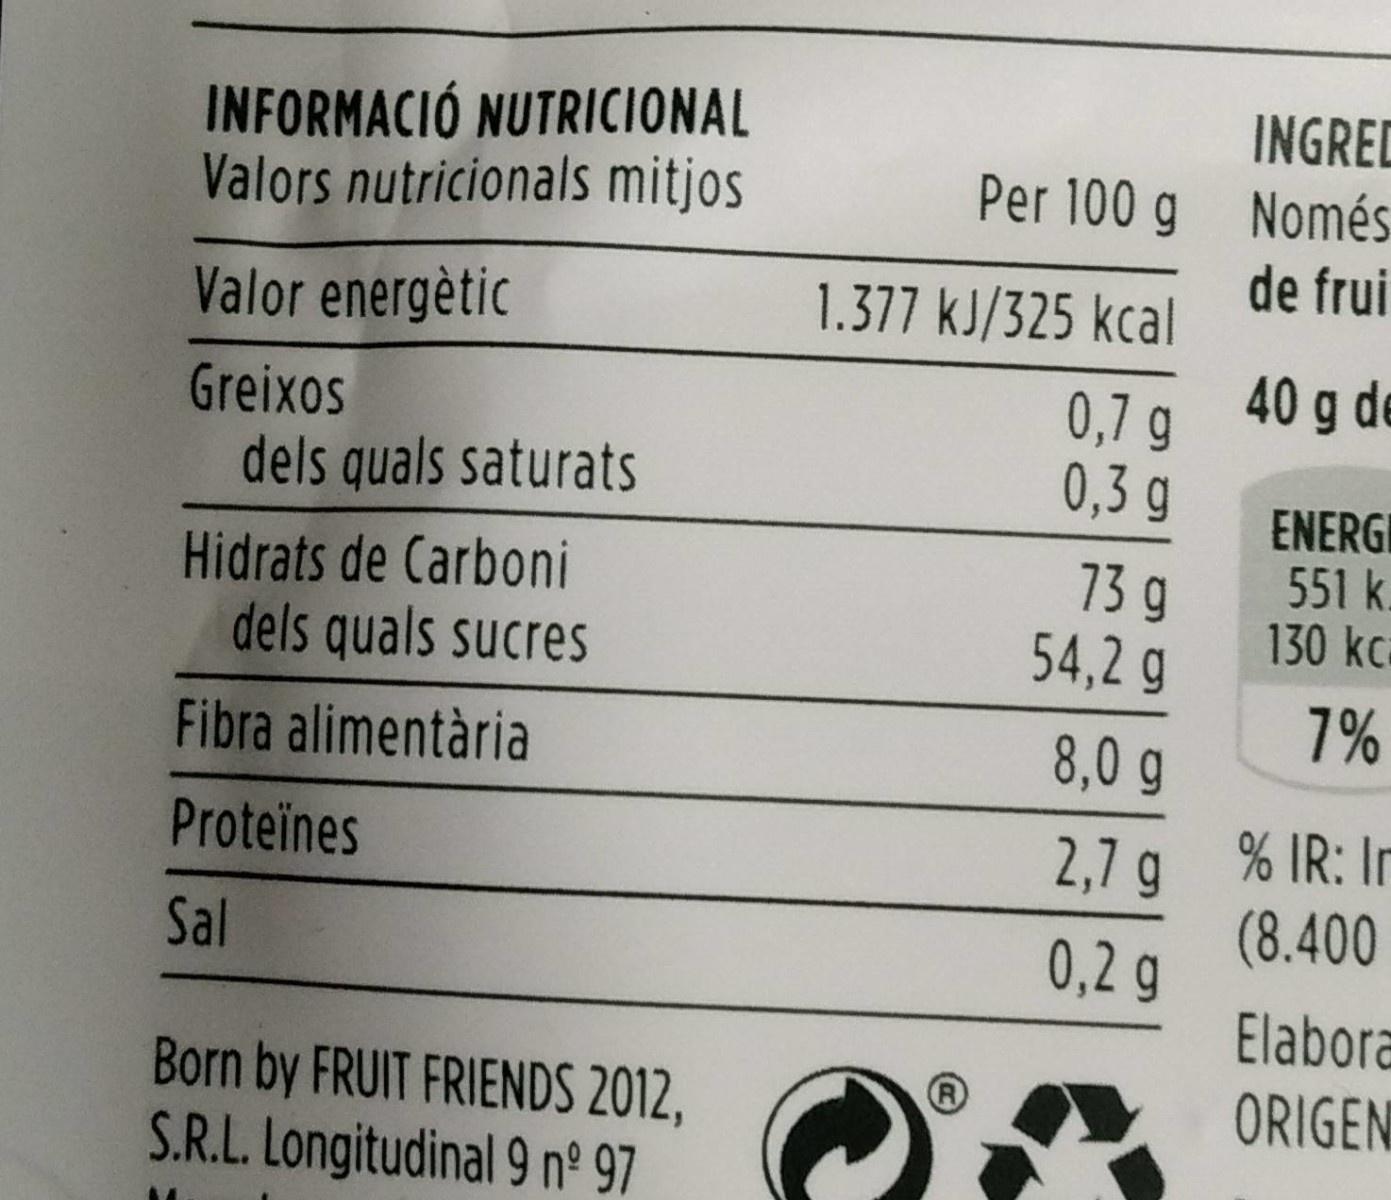
INFORMACIÓ NUTRICIONAL Valors nutricionals mitjos
INGRED Per 100 g Només de frui
Valor energètic
1.377 kJ/325 kcal
40 g de
0,7 g 0,3 g
Greixos
dels quals saturats
Hidrats de Carboni dels quals sucres
73 9 54,2 g
ENERGI 551 k. 130kc
7%
Fibra alimentària
8,0g
2,7 g % IR: In (8.400
Proteïnes
Sal
0,2 g
Elabora
Born by FRUIT FRIENDS 2012, S.R.L. Longitudinal 9 nº 97
ORIGEN